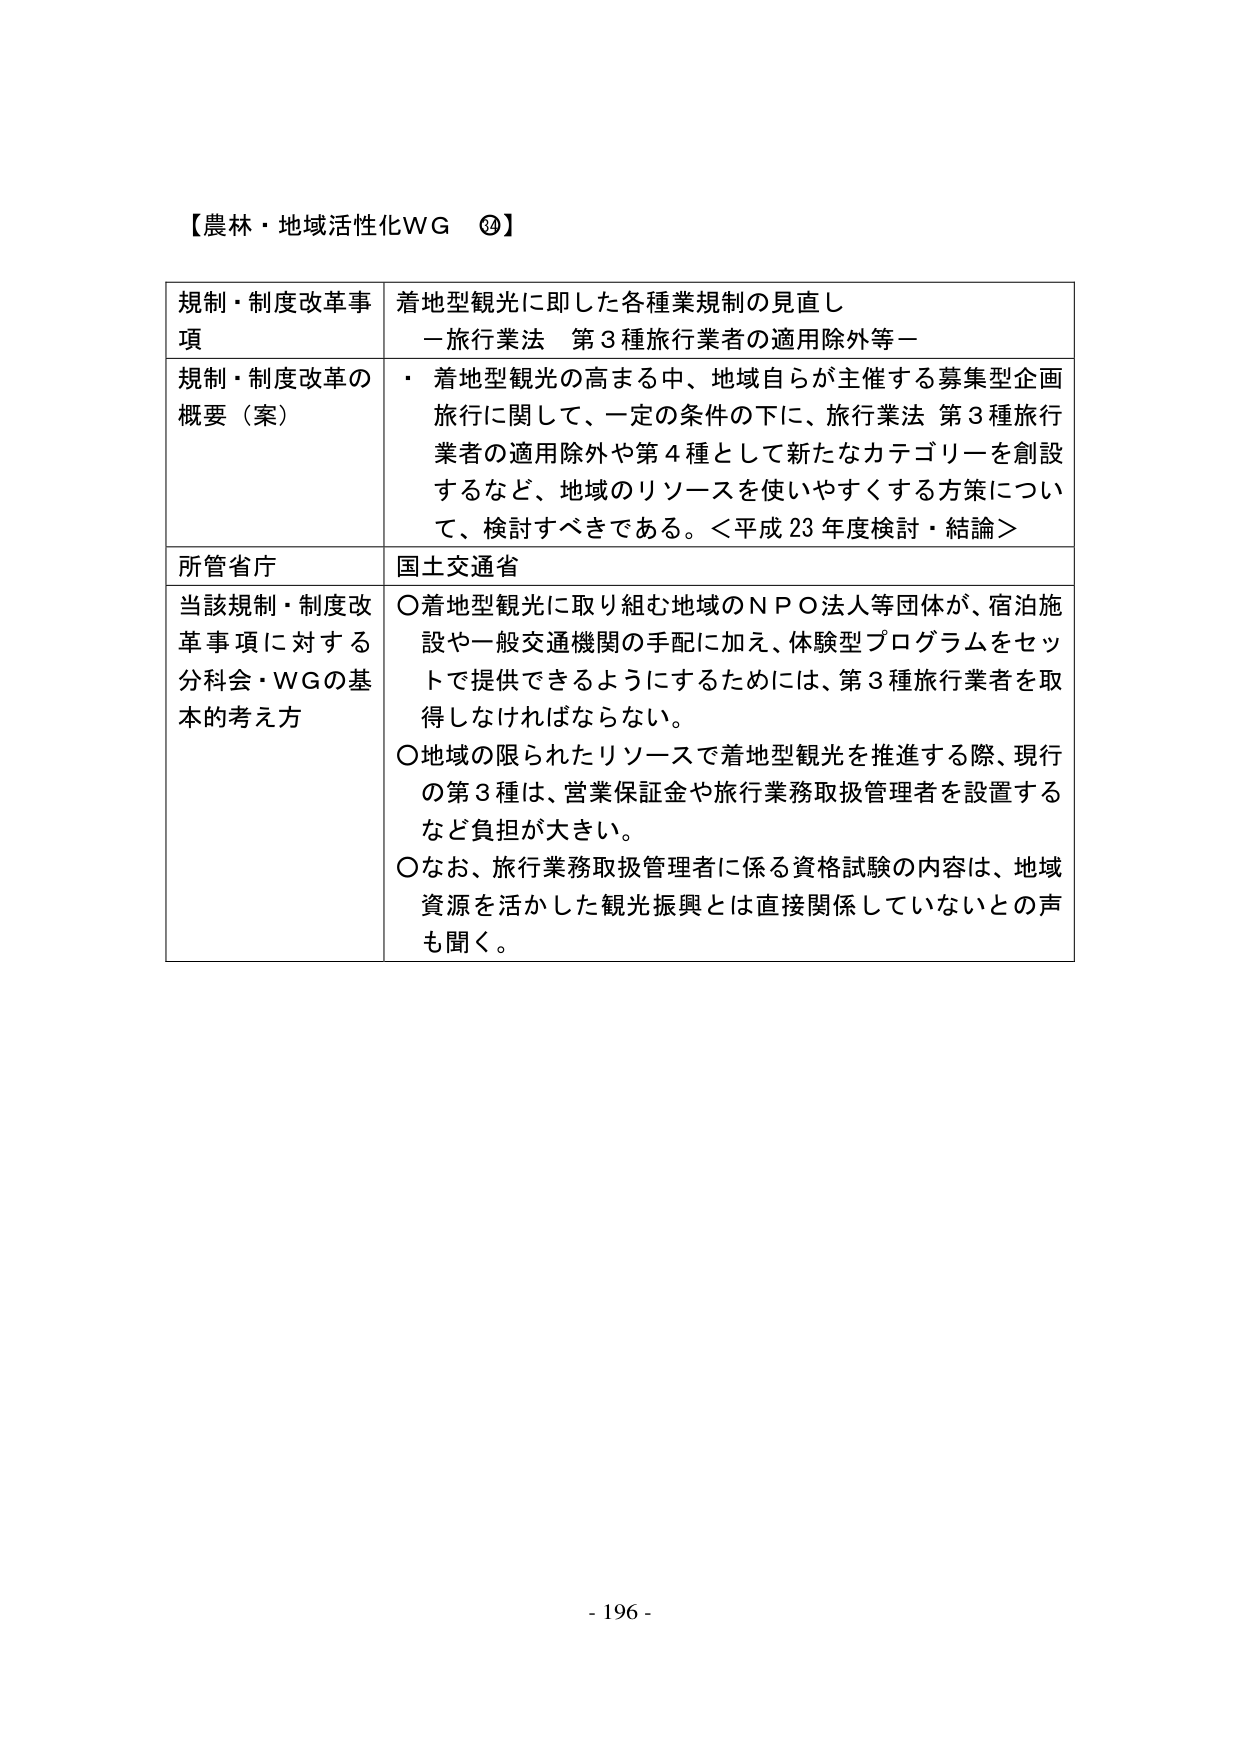
【農林・地域活性化WG ⑳】

規制・制度改革事項　着地型観光に即した各種業規制の見直し
－旅行業法　第3種旅行業者の適用除外等－

規制・制度改革の概要（案）
・着地型観光の高まる中、地域自らが主催する募集型企画旅行に関して、一定の条件の下に、旅行業法 第3種旅行業者の適用除外や第4種として新たなカテゴリーを創設するなど、地域のリソースを使いやすくする方策について、検討すべきである。＜平成23年度検討・結論＞

所管省庁　国土交通省

当該規制・制度改革事項に対する分科会・WGの基本的考え方
○着地型観光に取り組む地域のＮＰＯ法人等団体が、宿泊施設や一般交通機関の手配に加え、体験型プログラムをセットで提供できるようにするためには、第3種旅行業者を取得しなければならない。
○地域の限られたリソースで着地型観光を推進する際、現行の第3種は、営業保証金や旅行業務取扱管理者を設置するなど負担が大きい。
○なお、旅行業務取扱管理者に係る資格試験の内容は、地域資源を活かした観光振興とは直接関係していないとの声も聞く。

- 196 -